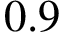
0 . 9